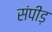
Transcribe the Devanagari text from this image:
संपीड़